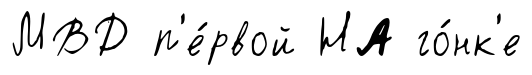
МВД п'е́рвой НА го́нк'е